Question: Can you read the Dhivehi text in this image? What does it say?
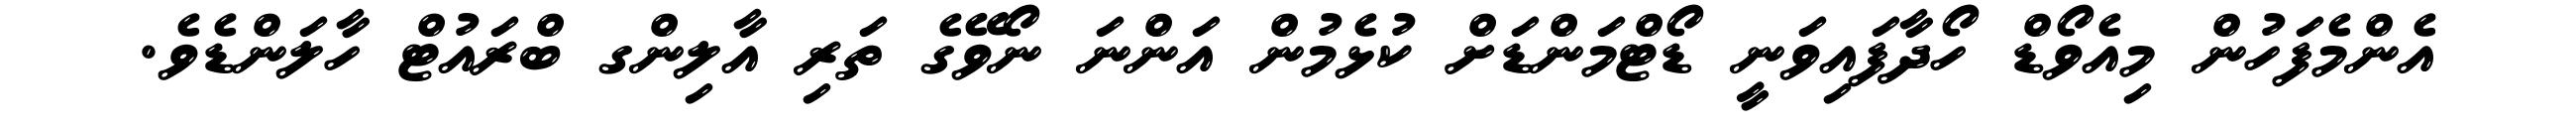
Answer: އެންމެފަހުން މިއެވޯޑް ހޯދާފައިވަނީ ޑޯޓްމަންޑަށް ކުޅެމުން އަންނަ ނޯވޭގެ ތަރި އާލިންގ ބްރައުޓް ހާލަންޑެވެ.